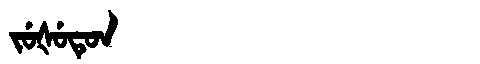
Manchu: ᠵᡠᡧᡠᡨᡠᠨ
Romanization: JUŠUTUN